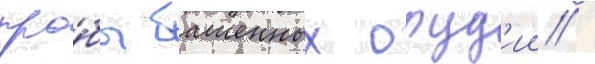
про́бы башенных оруд'ии /